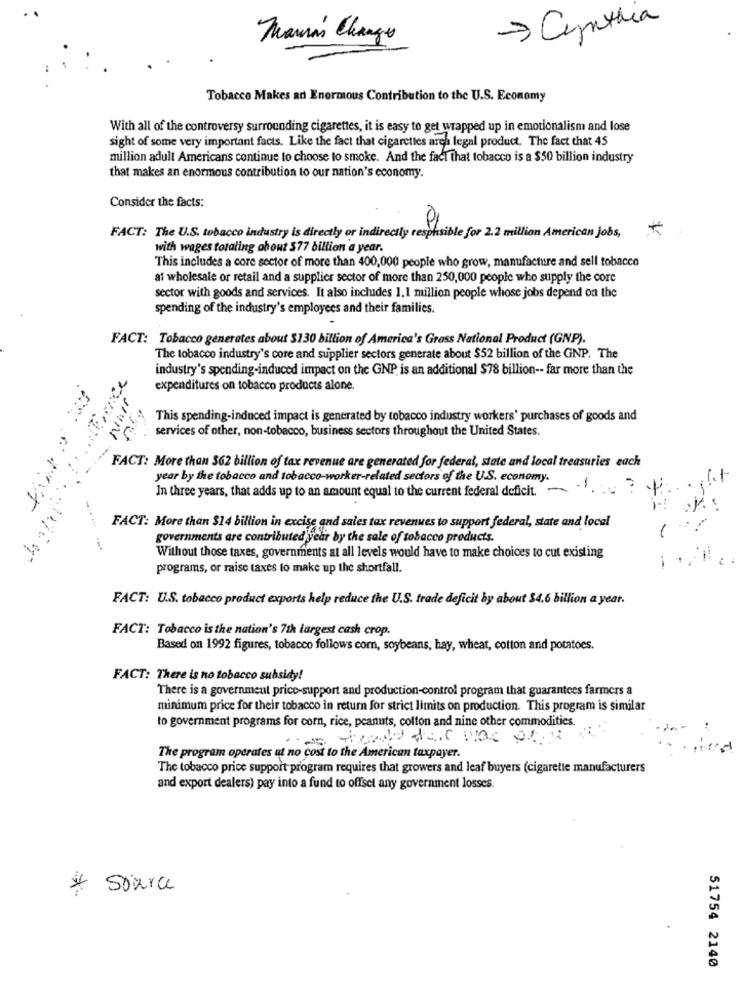
-> Cynthia
Maria's Change
Tobacco Makes an Enormous Contribution to the U.S. Economy
With all of the controversy surrounding cigarettes, it is easy to get wrapped up in emotionalism and lose
sight of some very important facts. Like the fact that cigarettes area legal product. The fact that 45
million adult Americans continue to choose to smoke. And the fact that tobacco is a $50 billion industry
that makes an enormous contribution to our nation's economy.
Consider the facts:
FACT: The U.S. tobacco industry is directly or indirectly resphsible for 2.2 million American Jobs,
with wages totaling about $77 billion a year.
This includes a core sector of more than 400,000 people who grow, manufacture and sell tobacco
at wholesale or retail and a supplier sector of more than 250,000 people who supply the core
sector with goods and services. It also includes 1.1 million people whose jobs depend on the
spending of the industry's employees and their families.
FACT: Tobacco generates about $130 billion of America's Gross National Product (GNP).
The tobacco industry's core and supplier sectors generate about $52 billion of the GNP. The
industry's spending-induced impact on the GNP is an additional $78 billion -- far more than the
expenditures on tobacco products alone.
This spending-induced impact is generated by tobacco industry workers' purchases of goods and
services of other, non-tobacco, business sectors throughout the United States.
SHIN
FACT: More than 362 billion of tax revenue are generated for federal, state and local treasuries each
..
year by the tobacco and tobacco-worker-related sectors of the U.S. economy.
In three years, that adds up to an amount equal to the current federal deficit - ... ?
.12.
FACT: More than $14 billion in excise and sales tax revenues to support federal, state and local
governments are contributed year by the sale of tobacco products.
Without those taxes, governments at all levels would have to make choices to cut existing
--
programs, or raise taxes to make up the shortfall.
FACT: U.S. tobacco product exports help reduce the U.S. trade deficit by about $4.6 billion a year.
FACT: Tobacco is the nation's 7th largest cash crop.
Based on 1992 figures, tobacco follows com, soybeans, hay, wheat, cotton and potatoes.
FACT: There is no tobacco subsidy!
There is a government price-support and production-control program that guarantees farmers a
minimum price for their tobacco in return for strict limits on production. This program is similar
to government programs for corn, rice, peanuts, colton and nine other commodities.
The program operates ut no cost to the American taxpayer.
The tobacco price support program requires that growers and leaf buyers (cigarette manufacturers
and export dealers) pay into a fund to offset any government losses.
* source
51754 2140